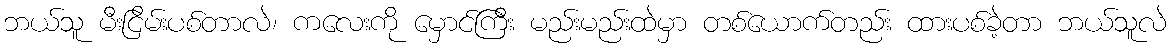
ဘယ်သူ မီးငြိမ်းပစ်တာလဲ၊ ကလေးကို မှောင်ကြီး မည်းမည်းထဲမှာ တစ်ယောက်တည်း ထားပစ်ခဲ့တာ ဘယ်သူလဲ